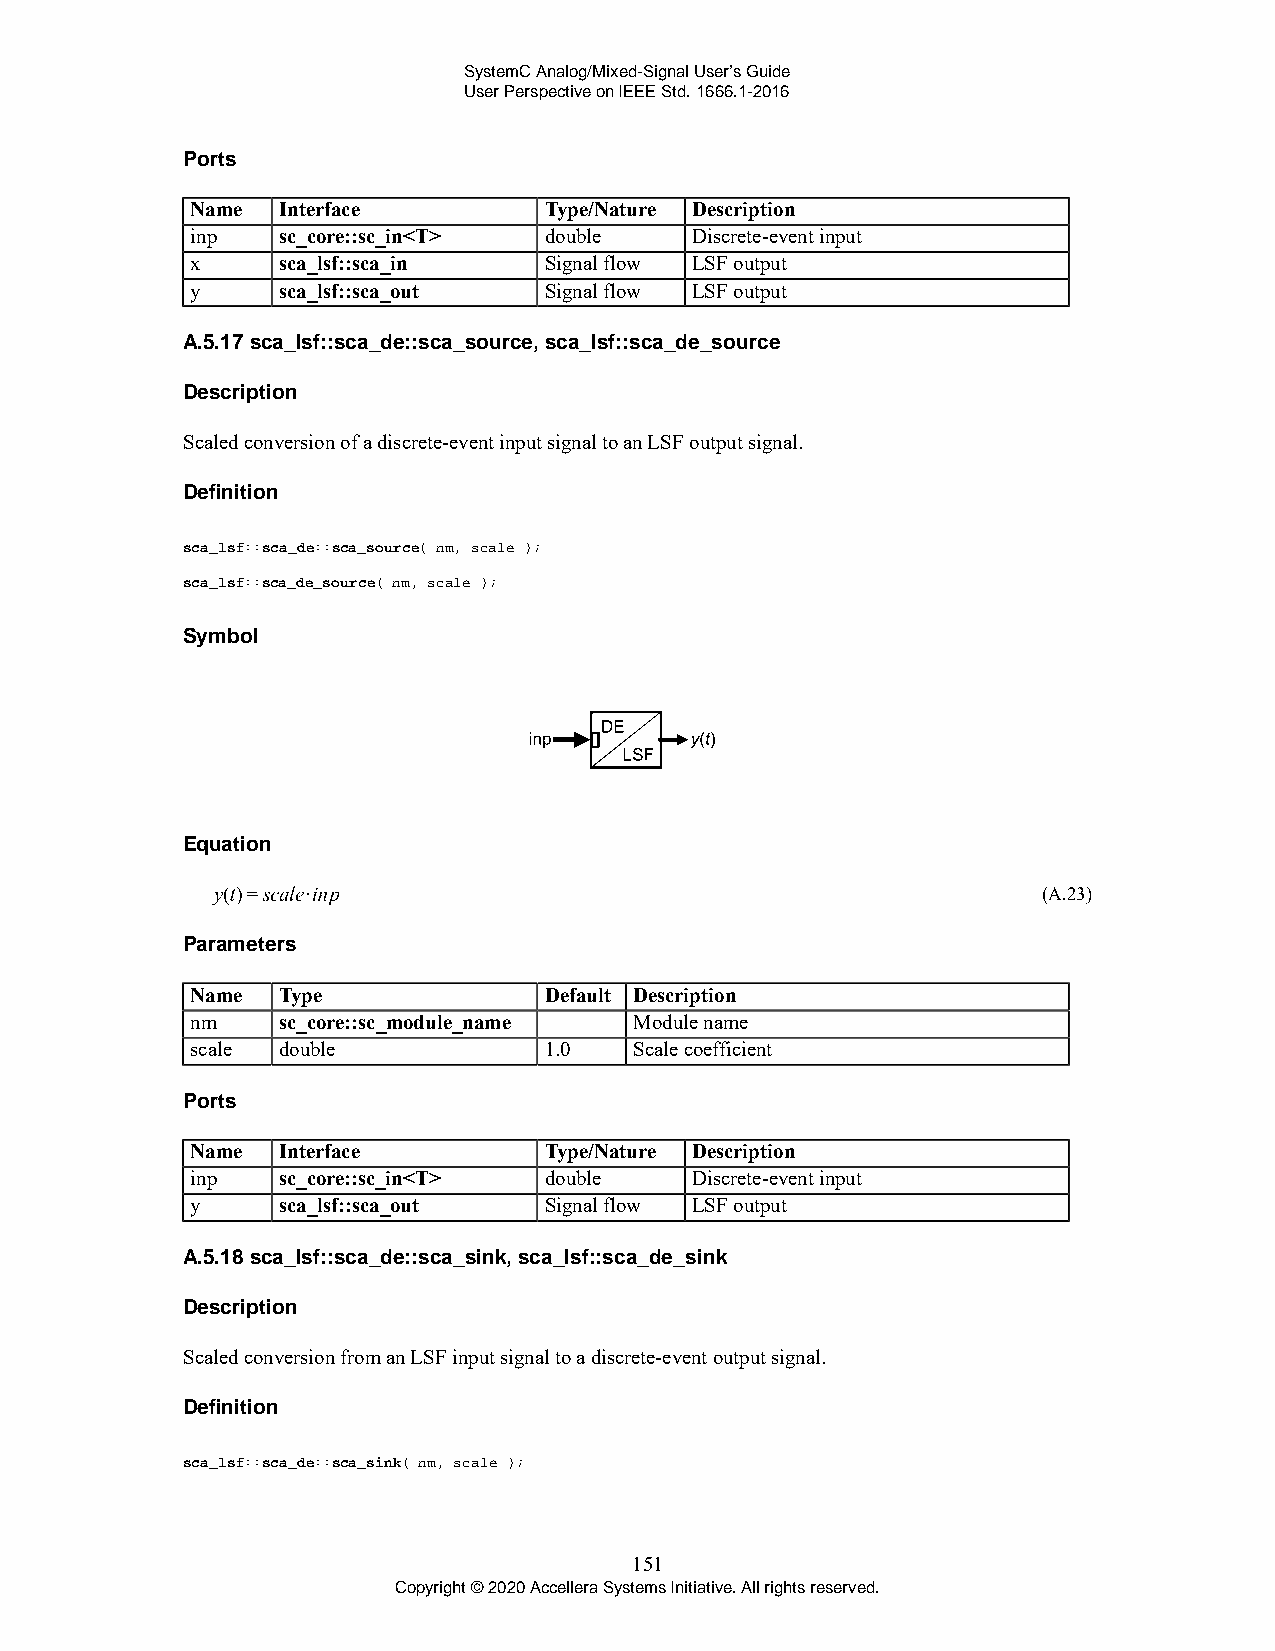
SystemC Analog/Mixed-Signal User’s Guide
 User Perspective on IEEE Std. 1666.1-2016
 Ports
 Name Interface         Type/Nature Description
 inp  sc_core::sc_in<T> double    Discrete-event input
 x    sca_lsf::sca_in   Signal flow LSF output
 y    sca_lsf::sca_out  Signal flow LSF output
 A.5.17 sca_lsf::sca_de::sca_source, sca_lsf::sca_de_source
 Description
 Scaled conversion of a discrete-event input signal to an LSF output signal.
 Definition
 sca_lsf::sca_de::sca_source( nm, scale );
 sca_lsf::sca_de_source( nm, scale );
 Symbol
 Equation
 (A.23)
 Parameters
 Name Type              Default Description
 nm   sc_core::sc_module_name Module name
 scale double           1.0   Scale coefficient
 Ports
 Name Interface         Type/Nature Description
 inp  sc_core::sc_in<T> double    Discrete-event input
 y    sca_lsf::sca_out  Signal flow LSF output
 A.5.18 sca_lsf::sca_de::sca_sink, sca_lsf::sca_de_sink
 Description
 Scaled conversion from an LSF input signal to a discrete-event output signal.
 Definition
 sca_lsf::sca_de::sca_sink( nm, scale );
 151
 Copyright © 2020 Accellera Systems Initiative. All rights reserved.